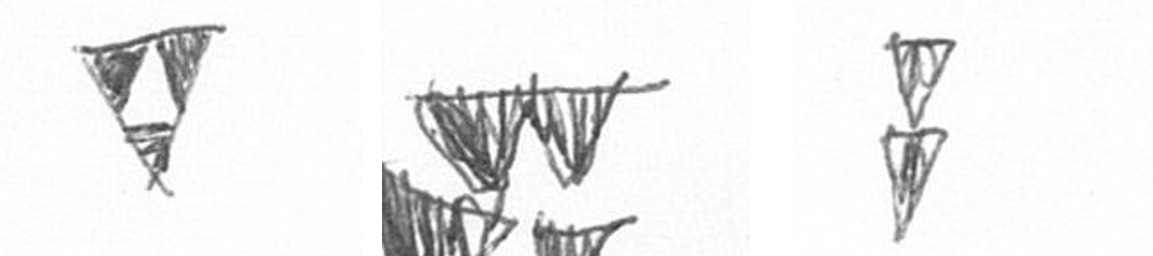
S B Z